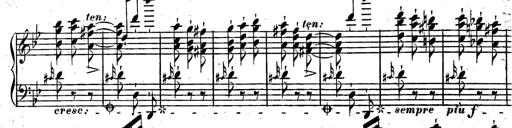
Title: Rondeau fantastique sur un thÃ¨me espagnol
Composer: Franz Liszt